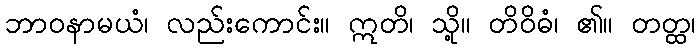
ဘာဝနာမယံ၊ လည်းကောင်း။ ဣတိ၊ သို့။ တိဝိဓံ၊ ၏။ တတ္ထ၊